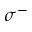
\sigma ^ { - }